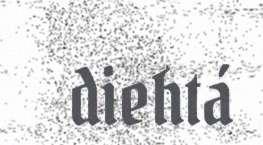
diehtá